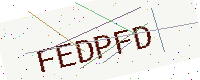
Text: FEDPFD